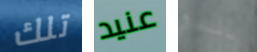
تلك عنيد بنادق